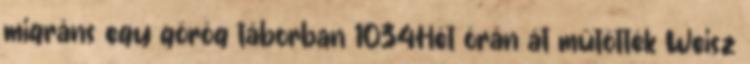
migráns egy görög táborban 1034Hét órán át műtötték Weisz